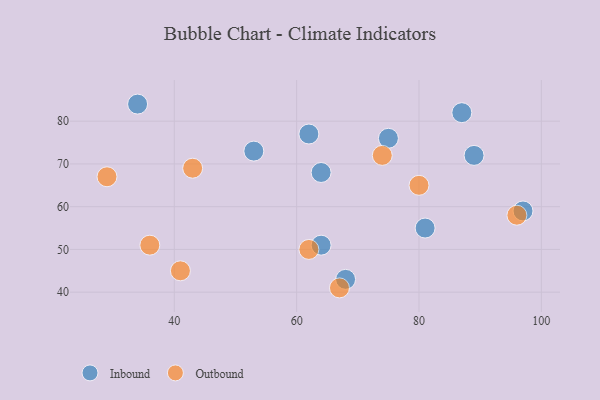
{"axis": {"x": "GDP", "y": "Life Expectancy"}, "legend": ["Inbound", "Outbound"], "data": [{"x": "89", "y": 72, "type": "Inbound"}, {"x": "64", "y": 51, "type": "Inbound"}, {"x": "64", "y": 68, "type": "Inbound"}, {"x": "53", "y": 73, "type": "Inbound"}, {"x": "62", "y": 77, "type": "Inbound"}, {"x": "68", "y": 43, "type": "Inbound"}, {"x": "81", "y": 55, "type": "Inbound"}, {"x": "34", "y": 84, "type": "Inbound"}, {"x": "87", "y": 82, "type": "Inbound"}, {"x": "75", "y": 76, "type": "Inbound"}, {"x": "97", "y": 59, "type": "Inbound"}, {"x": "43", "y": 69, "type": "Outbound"}, {"x": "67", "y": 41, "type": "Outbound"}, {"x": "29", "y": 67, "type": "Outbound"}, {"x": "41", "y": 45, "type": "Outbound"}, {"x": "36", "y": 51, "type": "Outbound"}, {"x": "74", "y": 72, "type": "Outbound"}, {"x": "96", "y": 58, "type": "Outbound"}, {"x": "80", "y": 65, "type": "Outbound"}, {"x": "62", "y": 50, "type": "Outbound"}]}